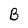
Character: B